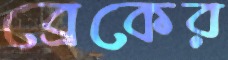
ব্রেকের